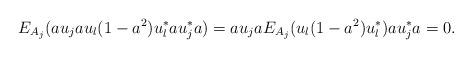
LaTeX: \begin{align*}E_{A_{j}}(au_{j}au_{l}(1-a^{2})u_{l}^*au_{j}^*a)=au_{j}aE_{A_{j}}(u_{l}(1-a^{2})u_{l}^*)au_{j}^*a=0.\end{align*}